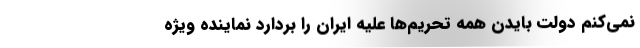
نمی‌کنم دولت بایدن همه تحریم‌ها علیه ایران را بردارد نماینده ویژه